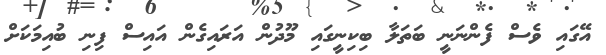
އޭގައި ވެސް ފެންނަނީ ބަތަލާ ބިކިނީގައި މޫދުން އަރައިގެން އައިސް ފިނި ބުއިމަކަށް